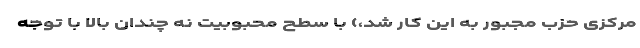
مرکزی حزب مجبور به این کار شد،) با سطح محبوبیت نه چندان بالا با توجه